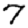
Digit: 7